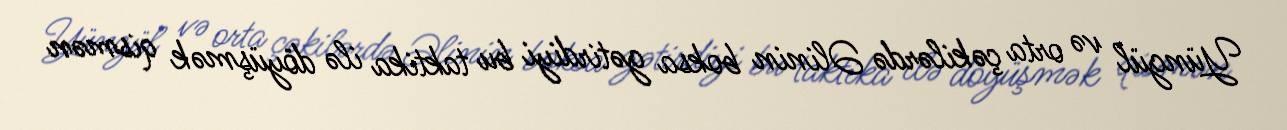
Yüngül və orta çəkilərdə Əlinin boksa gətirdiyi bu taktika ilə döyüşmək qismən